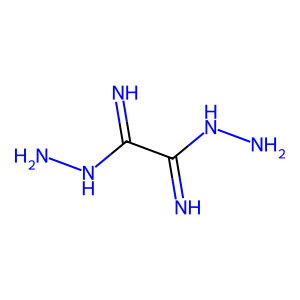
SMILES: N=C(NN)C(=N)NN
Inhibits HIV replication: No